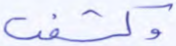
وكشفت